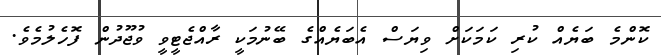
ކޮންމެ ބަޔެއް ކުރި ކަމަކަށް ވިޔަސް އެބަޔެއްގެ ބޭނުމަކީ ރާއްޖެޓީވީ ވުޖޫދުން ފޮހެލުމެވެ.